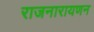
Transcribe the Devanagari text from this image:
राजनारायणन